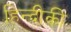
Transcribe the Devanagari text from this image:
हिन्दीकी